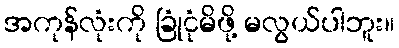
အကုန်လုံးကို ခြုံငုံမိဖို့ မလွယ်ပါဘူး။